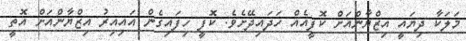
މަލަކާ ދިޔައީ އިޒްޔާންއަށް ކޮފީއެއް ހަދައިދޭށެވެ. ކޮފީ ހިފައިގެން އައިއިރު އިޒްޔާންއަށް އޮތީ